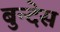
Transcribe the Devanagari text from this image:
बुन्देस